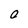
Character: O